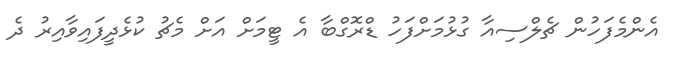
އެންމެފަހުން ޗެލްސިއާ ގުޅުމަށްފަހު ޑްރޮގްބާ އެ ޓީމަށް އަށް މެޗު ކުޅެދީފައިވާއިރު ދެ